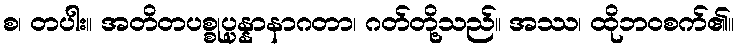
စ၊ တပါး။ အတိတပစ္စုပ္ပန္နာနာဂတာ၊ ဂတ်တို့သည်။ အဿ၊ ထိုဘဝစက်၏။